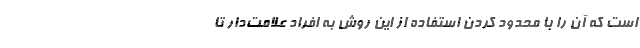
است که آن را با محدود کردن استفاده از این روش به افراد علامت‌دار تا